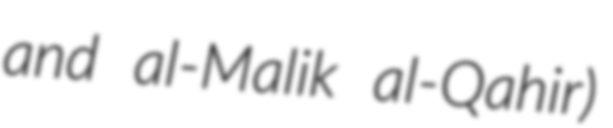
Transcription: and al-Malik al-Qahir)